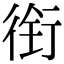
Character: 衔